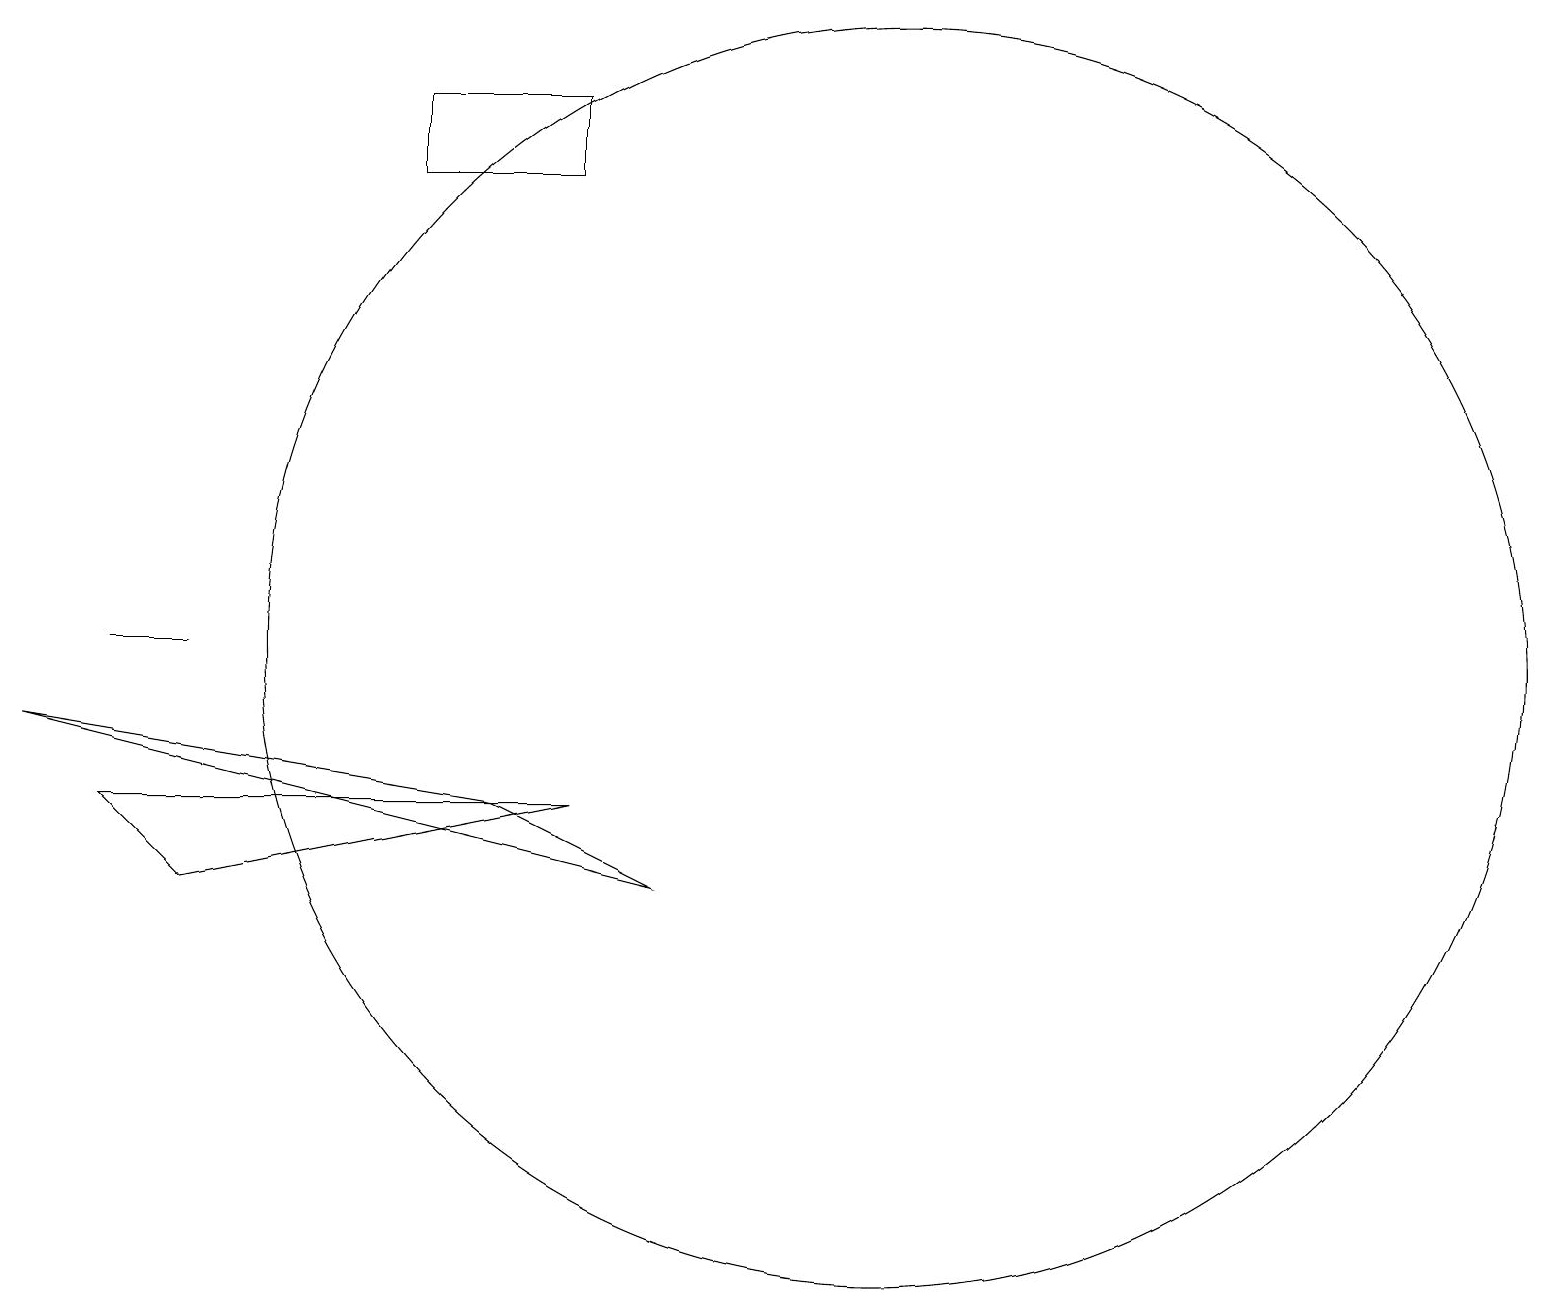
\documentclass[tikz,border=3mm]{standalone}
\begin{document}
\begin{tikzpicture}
\draw (11,10) circle (8);
\draw (1,10) rectangle (2,10);
\draw (5,16) rectangle (7,17);
\draw (0,9) -- (6,8) -- (8,7) -- cycle;
\draw (7,8) -- (2,7) -- (1,8) -- cycle;
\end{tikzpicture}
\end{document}